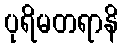
ပုရိမတရာနိ